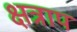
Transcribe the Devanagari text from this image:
क्षत्राप